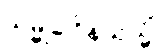
သမ္မုခါဝိနယသ္မိံ